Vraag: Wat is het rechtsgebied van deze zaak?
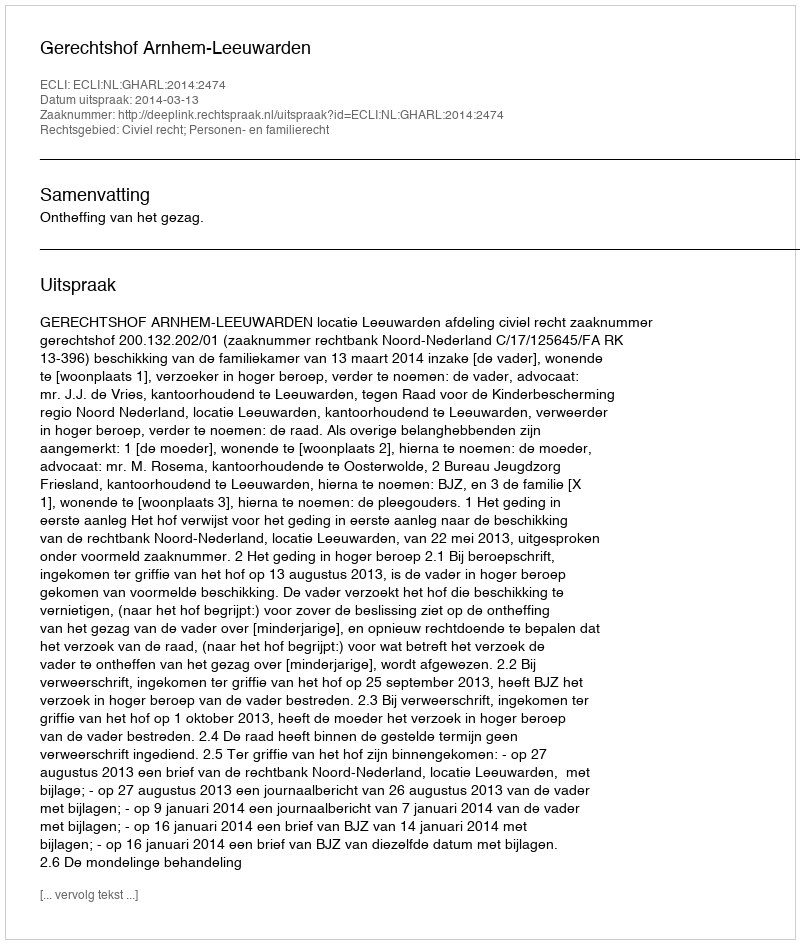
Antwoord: Civiel recht; Personen- en familierecht